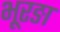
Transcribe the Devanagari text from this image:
भूरङा